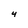
Character: 4